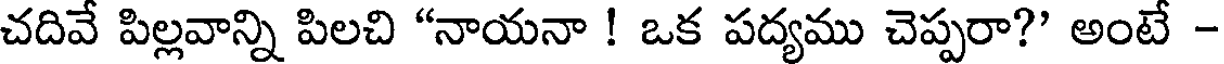
చదివే పిల్లవాన్ని పిలచి "నాయనా ! ఒక పద్యము చెప్పరా?' అంటే -